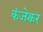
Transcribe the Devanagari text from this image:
कंजेक्चर